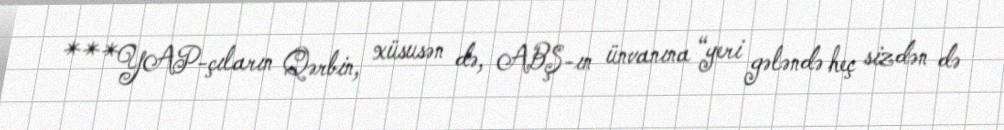
***YAP-çıların Qərbin, xüsusən də, ABŞ-ın ünvanına “yeri gələndə heç sizdən də